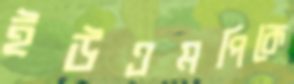
ইউএমপিকে